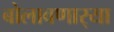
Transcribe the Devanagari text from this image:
बोलावणार्‍या